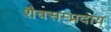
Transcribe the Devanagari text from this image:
शैवसम्प्रदाय